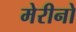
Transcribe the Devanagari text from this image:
मेरीनो